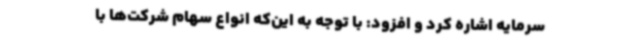
سرمایه اشاره کرد و افزود: با توجه به این‌که انواع سهام شرکت‌ها با